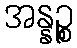
အန္နဉ္စ